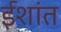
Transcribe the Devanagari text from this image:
ईशांत